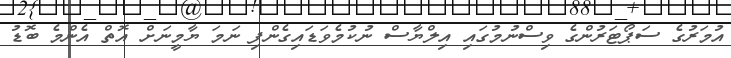
އުމަރުގެ ސަޕޯޓަރުންގެ ވިސްނުމުގައި އިލްޔާސް ނުކުމެވަޑައިގެންފި ނަމަ ޔާމީނަށް އޮތް އެންމެ ބޮޑު